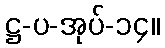
ဋ္ဌ-ပ-အုပ်-၁၄။